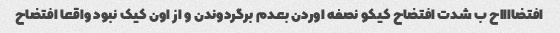
افتضااااح ب شدت افتضاح کیکو نصفه اوردن بعدم برگردوندن و از اون کیک نبود واقعا افتضاح